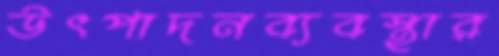
উৎপাদনব্যবস্থার